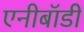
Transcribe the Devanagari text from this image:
एनीबॉडी